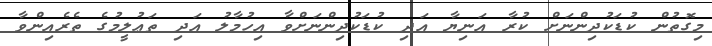
މިގޮތުން ކުޑަކުދިންނަށް ކުރާ އަނިޔާ އަދި ކުޑަކުދިންނަށްވާ އިހުމާލު އަދި ތަޢުލީމުގެ ތެރެއިންވާ